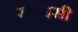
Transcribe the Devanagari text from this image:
स्पाइसी